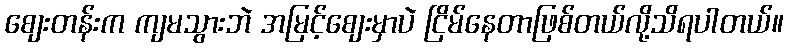
စျေးတန်းက ကျမသွားဘဲ အမြင့်စျေးမှာပဲ ငြိမ်နေတာဖြစ်တယ်လို့သိရပါတယ်။